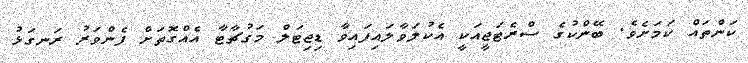
ކަންތައް ކަމަށެވެ. ބޭންކުގެ ސްރެޓަޖީއަކީ އެކުލަވާލައިފައިވާ ޑިޖިޓަލް މަގުޗާޓާ އެއްގޮތަށް ފެންވަރު ރަނގަޅު